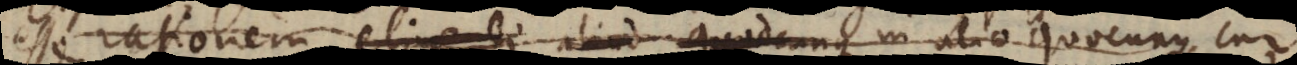
esse rationem eligendi aliud quodcunque in alio quocunque, cur